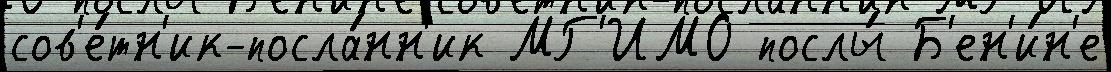
сов'е́тн'ик-посла́нн'ик МГ'ИМО послы́ Б'ен'и́н'е